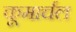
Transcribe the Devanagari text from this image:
कूमार्चल